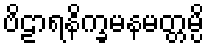
ဗိဠာရနိက္ခမနမတ္တမ္ပိ